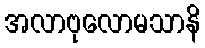
အလာဗုလောမသာနိ